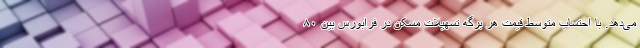
می‌دهد. با احتساب متوسط قیمت هر برگه تسهیلات مسکن در فرابورس بین ۸۰